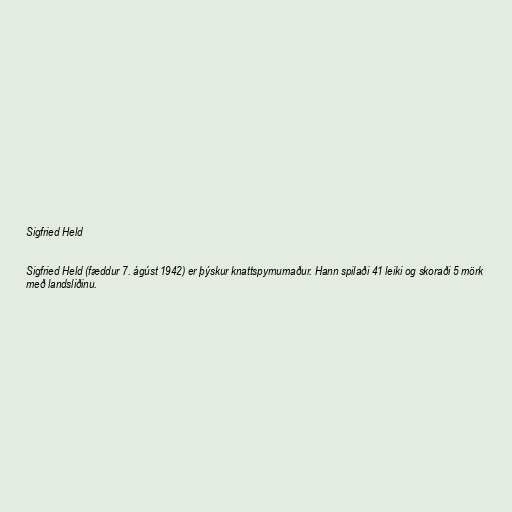
Sigfried Held

Sigfried Held (fæddur 7. ágúst 1942) er þýskur knattspyrnumaður. Hann spilaði 41 leiki og skoraði 5 mörk
með landsliðinu.